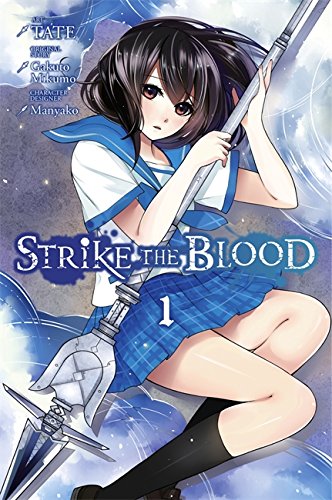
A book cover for Strike the Blood, Vol. 1 (manga); Gakuto Mikumo; Teen & Young Adult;